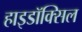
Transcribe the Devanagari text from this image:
हाइडॉक्सिल